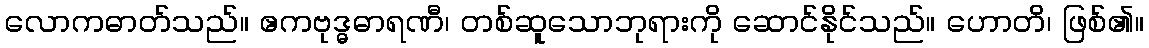
လောကဓာတ်သည်။ ဧကဗုဒ္ဓဓာရဏီ၊ တစ်ဆူသောဘုရားကို ဆောင်နိုင်သည်။ ဟောတိ၊ ဖြစ်၏။